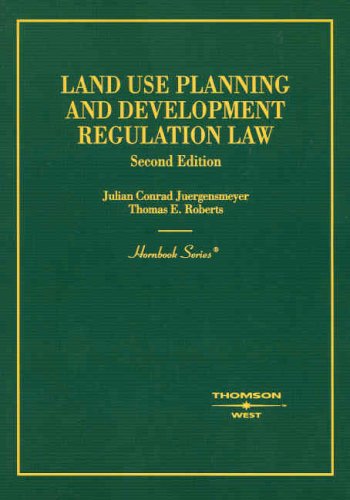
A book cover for Land Use Planning and Development Regulation Law (Hornbook Series); Julian Conrad Juergensmeyer; Law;